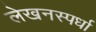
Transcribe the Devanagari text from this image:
लेखनस्पर्धा